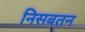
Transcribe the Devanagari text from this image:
निसबतन